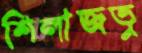
শিলাজতু